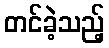
တင်ခဲ့သည့်